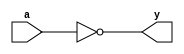
module inverter(
    input wire a,
    output wire y
);

assign y = ~a;

endmodule